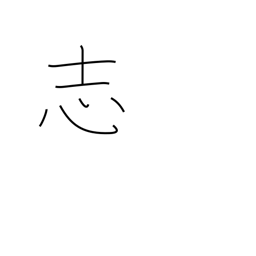
Meaning: shilling